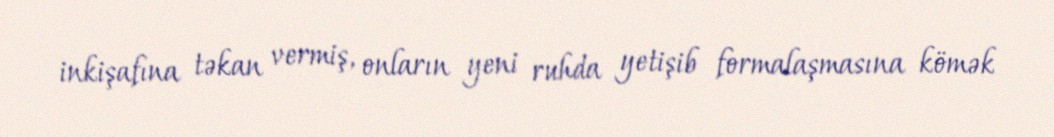
inkişafına təkan vermiş, onların yeni ruhda yetişib formalaşmasına kömək